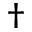
\dag